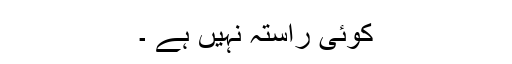
کوئی راستہ نہیں ہے ۔